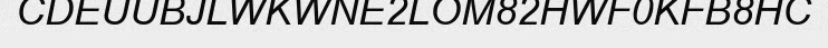
CDEUUBJLWKWNE2LOM82HWF0KFB8HC